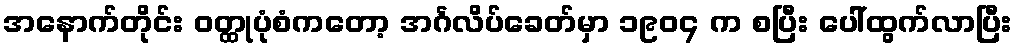
အနောက်တိုင်း ဝတ္ထုပုံစံကတော့ အင်္ဂလိပ်ခေတ်မှာ ၁၉၀၄ က စပြီး ပေါ်ထွက်လာပြီး